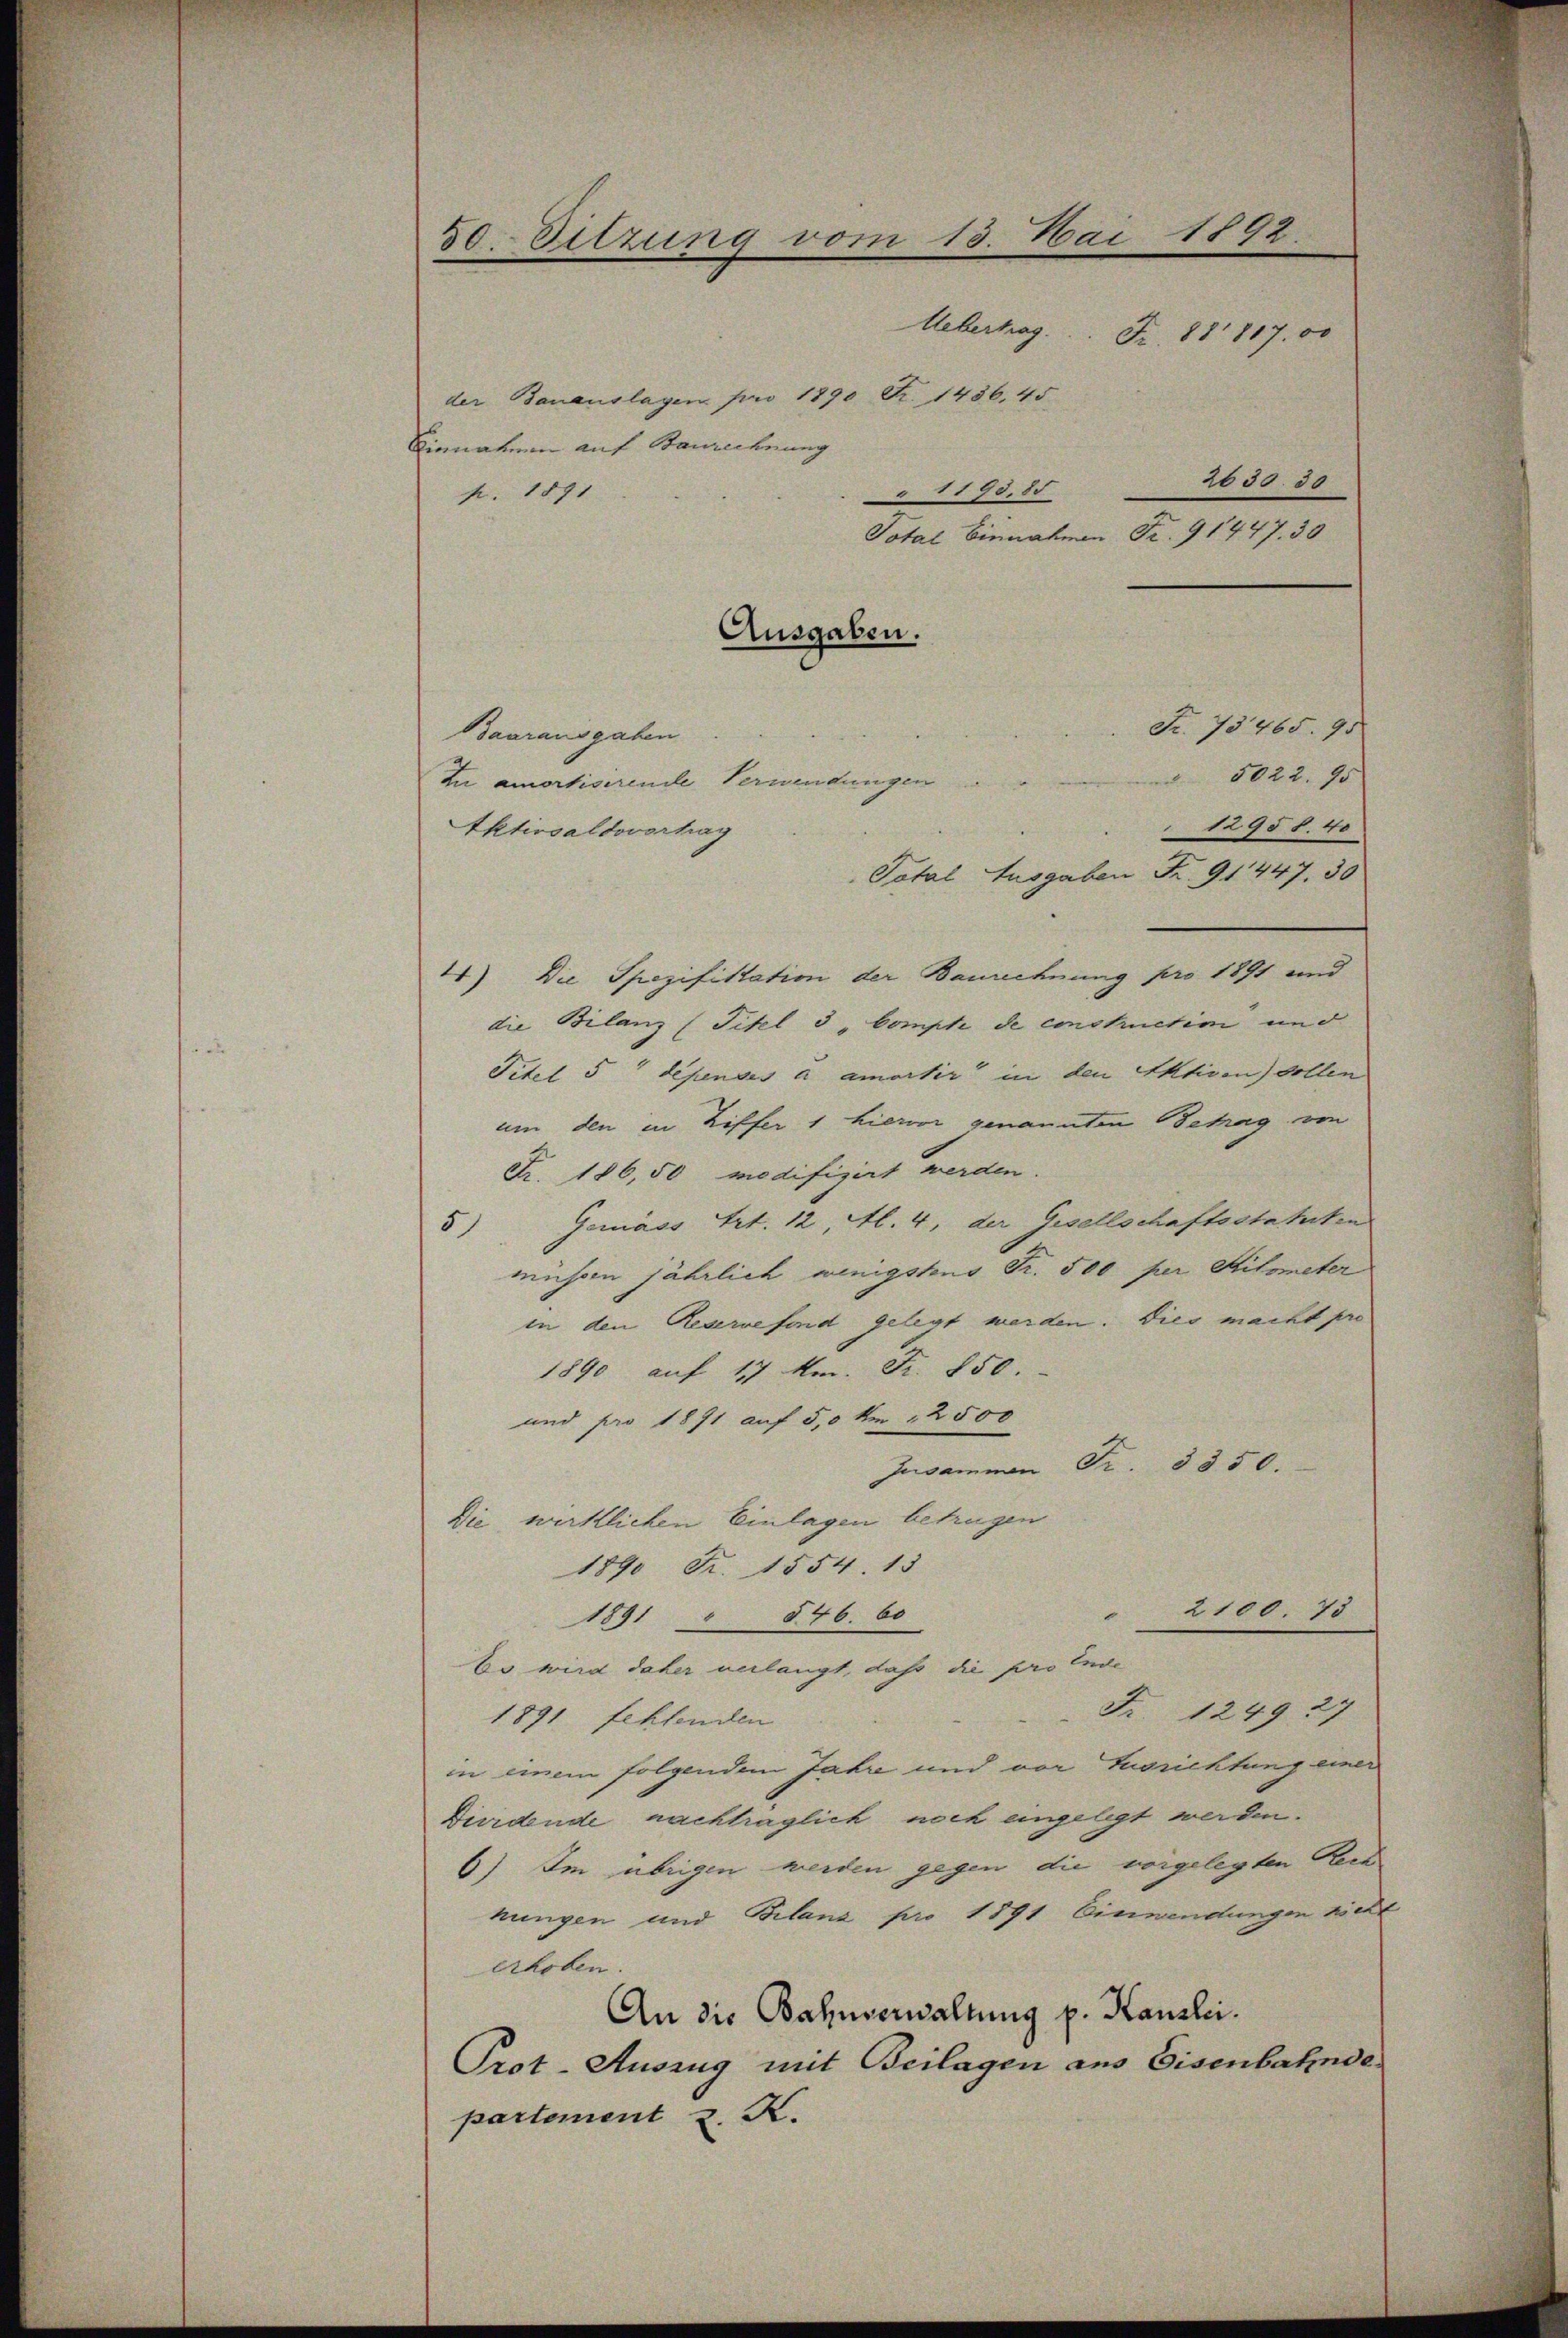
50. Sitzung vom 13. Mai 1892.
2630. 30

Uebertrag Fr. 88 817.00
der Banauslagen pro 1890 Fr. 1436, 45
Einnahmen auf Baurechnung
1190,85
p. 1891
Total Einnahmen Fr. 91447. 30
Fr. 73465. 95
Baarausgaben
5022. 90
u amortisirende Verwendungen
e
1295 f. 40
Aktivsaldovorhag
Total Ausgaben Fr. 91 447, 30
4) Die Spezifistation der Baurechnung pro 1891 und
die Bilanz (Titel 3 "Compte de constructim und
Titel 5 depensés a amortir in den Aktiven) sollen
um den in Ziffer 1 hiervor genannten Betrag von
Fr. 186,50 modifizirt werden.
5) Gemäss Art. 12, Al. 4, der Gesellschaftsstatuten
müssen jährlich wenigstens Fr. 500 per Stilometer
in den Reservefond gelegt werden. Dies macht pro
1890 auf 17 Am. Fr. 150.
und pro 1871 auf 5,0 km 12500
Jusammen Fr. 3350.
Die wirklichen Einlagen betrugen
1890 Fr. 1554. 13
 2100. 73
1891 " 546. 60
Es wird daher verlangt, daß die pro Ende
Fr. 1249 27
1891 fehlenden
in einem folgendem Jahre und vor Ausrichtung einer
Bürdende nachträglich noch eingelegt werden.
6) Im übrigen werden gegen die vorgelegten Rect
nungen und Bilanz pro 1891 Einwendungen nicht
erhoben
An die Bahnverwaltung p. Kanzlei.
Prot. Auszug mit Beilagen aus Eisenbahnde
partement 2. X.

Ausgaben.